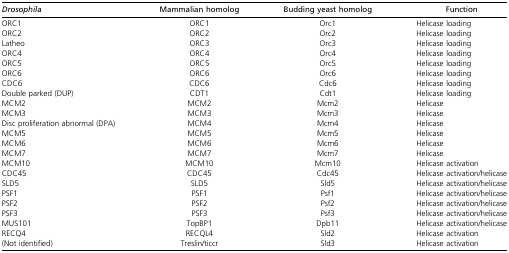
| Drosophila | Mammalian homolog | Budding yeast homolog | Function |
 | --- | --- | --- | --- |
 | ORC1 | ORC1 | Orc1 | Helicase loading |
 | ORC2 | ORC2 | Orc2 | Helicase loading |
 | Latheo | ORC3 | Orc3 | Helicase loading |
 | ORC4 | ORC4 | Orc4 | Helicase loading |
 | ORC5 | ORC5 | Orc5 | Helicase loading |
 | ORC6 | ORC6 | Orc6 | Helicase loading |
 | CDC6 | CDC6 | Cdc6 | Helicase loading |
 | Double parked (DUP) | CDT1 | Cdt1 | Helicase loading |
 | MCM2 | MCM2 | Mcm2 | Helicase |
 | MCM3 | MCM3 | Mcm3 | Helicase |
 | Disc proliferation abnormal (DPA) | MCM4 | Mcm4 | Helicase |
 | MCM5 | MCM5 | Mcm5 | Helicase |
 | MCM6 | MCM6 | Mcm6 | Helicase |
 | MCM7 | MCM7 | Mcm7 | Helicase |
 | MCM10 | MCM10 | Mcm10 | Helicase activation |
 | CDC45 | CDC45 | Cdc45 | Helicase activation/helicase |
 | SLD5 | SLD5 | Sld5 | Helicase activation/helicase |
 | PSF1 | PSF1 | Psf1 | Helicase activation/helicase |
 | PSF2 | PSF2 | Psf2 | Helicase activation/helicase |
 | PSF3 | PSF3 | Psf3 | Helicase activation/helicase |
 | MUS101 | TopBP1 | Dpb11 | Helicase activation/helicase |
 | RECQ4 | RECQL4 | Sld2 | Helicase activation |
 | (Not identified) | Treslin/ticcr | Sld3 | Helicase activation |